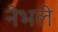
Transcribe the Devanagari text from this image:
नेभले